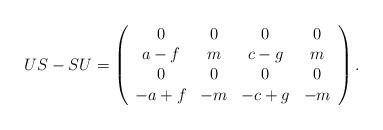
LaTeX: \begin{align*}US-SU=\left(\begin{array}{cccc}0 & 0 & 0 & 0 \\a-f & m & c-g & m \\0 & 0 & 0 & 0 \\-a+f & -m & -c+g & -m\end{array}\right) .\end{align*}